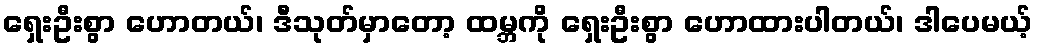
ရှေးဦးစွာ ဟောတယ်၊ ဒီသုတ်မှာတော့ ထမ္ဘကို ရှေးဦးစွာ ဟောထားပါတယ်၊ ဒါပေမယ့်